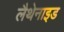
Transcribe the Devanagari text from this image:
लैथेनाइड